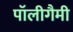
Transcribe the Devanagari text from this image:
पॉलीगैमी